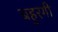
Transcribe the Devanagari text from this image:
बहुरगी